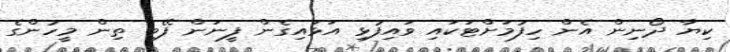
ކިޔާ ދޯނިން އެން ހިފުމަށްޓަކައި ވައިފުޅި އަޅައިގެން ފީނަން ފޭބި ތިން މީހުންގެ